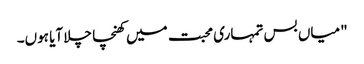
"میاں بس تمہاری محبت میں کھنچا چلا آیا ہوں۔